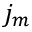
j _ { m }